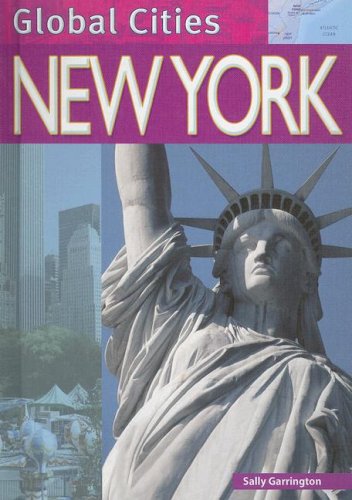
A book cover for New York (Global Cities); Sally Garrington; Teen & Young Adult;